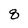
Character: 8